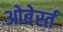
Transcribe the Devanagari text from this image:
ओबेर्स्त